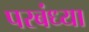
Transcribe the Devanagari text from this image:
परबंध्या